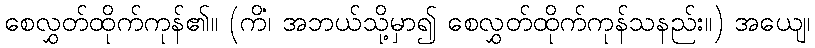
စေလွှတ်ထိုက်ကုန်၏။ (ကိံ၊ အဘယ်သို့မှာ၍ စေလွှတ်ထိုက်ကုန်သနည်း။) အယျေ၊